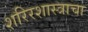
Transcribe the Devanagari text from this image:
शरिरशास्त्राचा